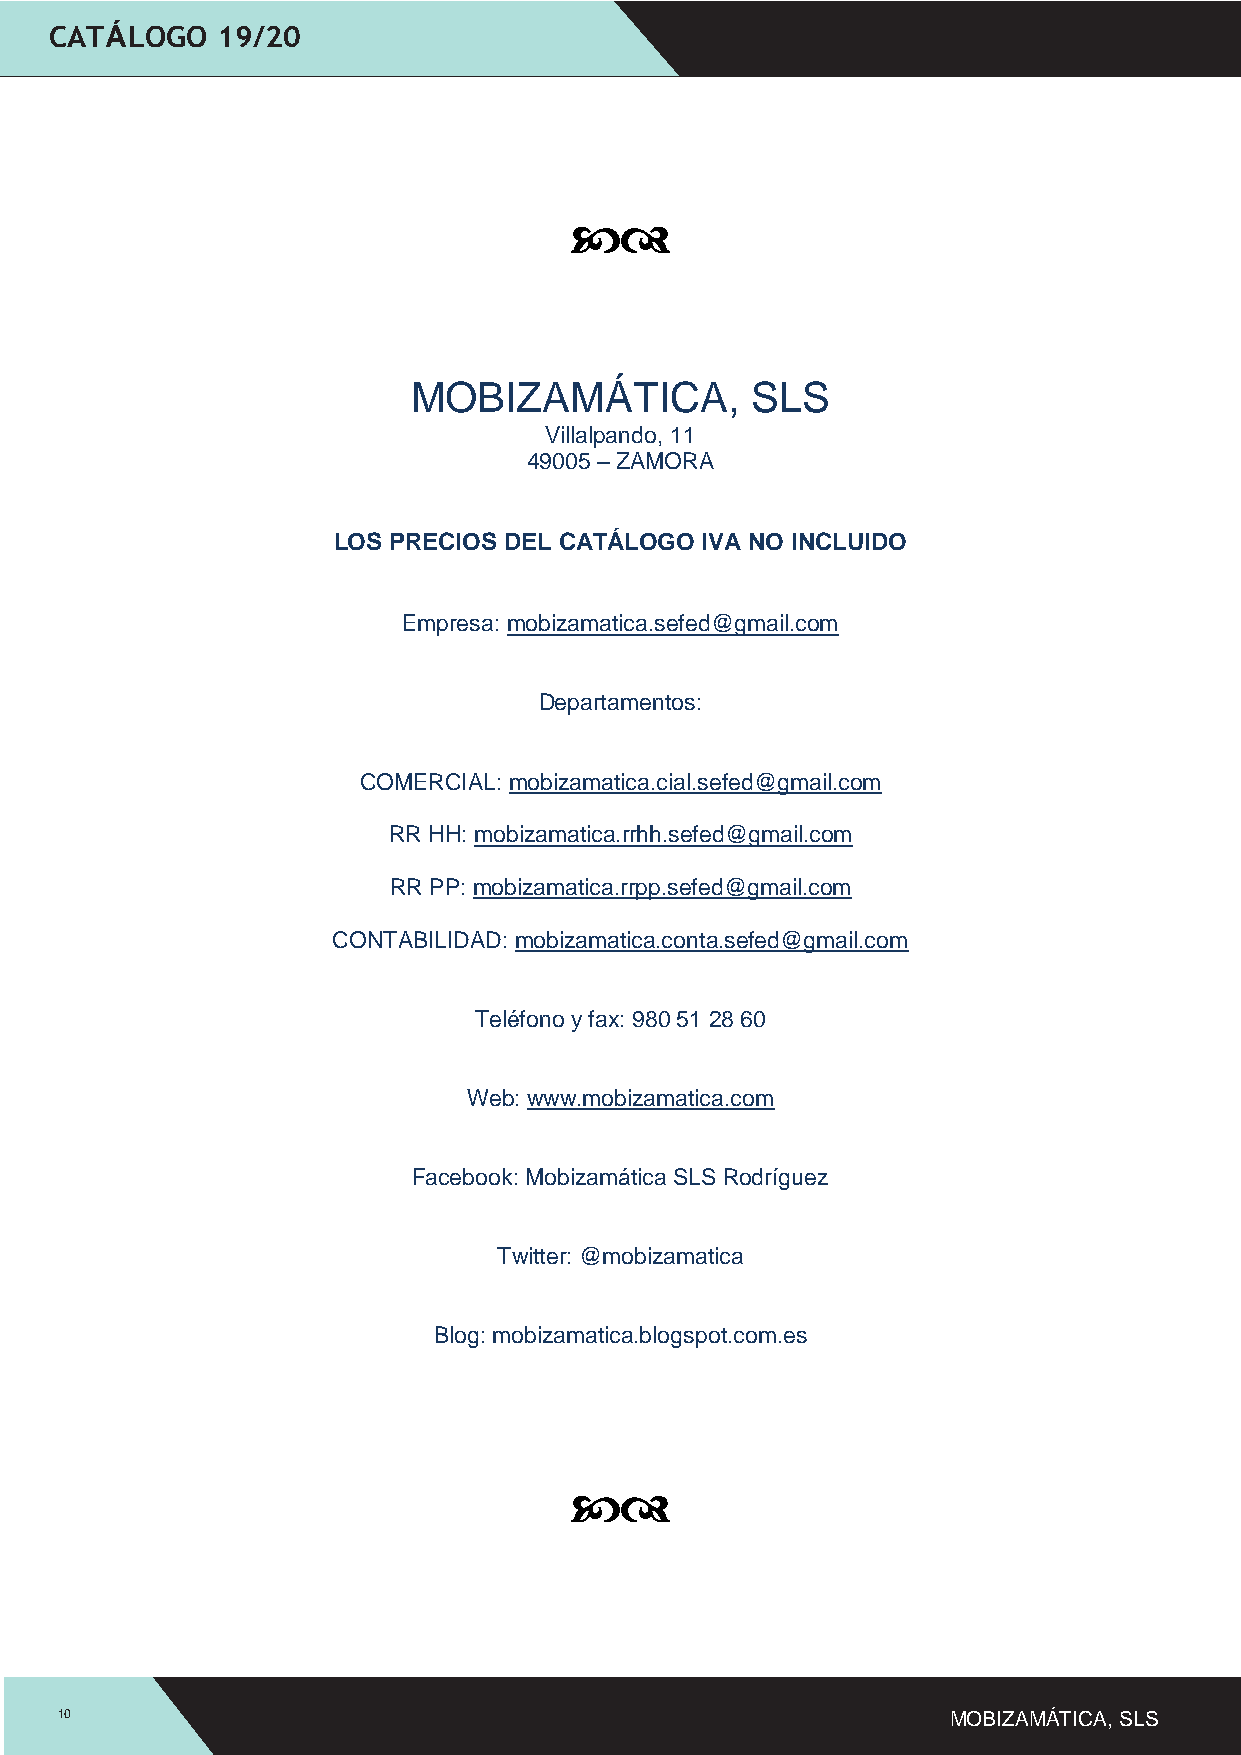
CATÁLOGO   19/20
 
 
 
 
 MOBIZAMÁTICA,          SLS
 Villalpando, 11
 49005 – ZAMORA
 LOS PRECIOS DEL CATÁLOGO IVA NO INCLUIDO
 Empresa: mobizamatica.sefed@gmail.com
 Departamentos:
 COMERCIAL: mobizamatica.cial.sefed@gmail.com
 RR HH: mobizamatica.rrhh.sefed@gmail.com
 RR PP: mobizamatica.rrpp.sefed@gmail.com
 CONTABILIDAD: mobizamatica.conta.sefed@gmail.com
 Teléfono y fax: 980 51 28 60
 Web: www.mobizamatica.com
 Facebook: Mobizamática SLS Rodríguez
 Twitter: @mobizamatica
 Blog: mobizamatica.blogspot.com.es
 
 
 
 10                                                         MOBIZAMÁTICA, SLS